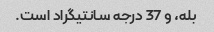
بله، و 37 درجه سانتیگراد است.